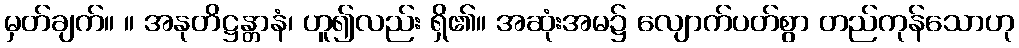
မှတ်ချက်။ ။ အနုတိဋ္ဌန္တာနံ၊ ဟူ၍လည်း ရှိ၏။ အဆုံးအမ၌ လျောက်ပတ်စွာ တည်ကုန်သောဟု